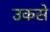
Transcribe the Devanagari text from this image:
उकसे